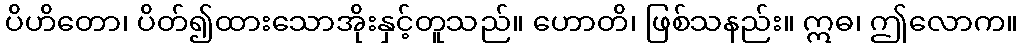
ပိဟိတော၊ ပိတ်၍ထားသောအိုးနှင့်တူသည်။ ဟောတိ၊ ဖြစ်သနည်း။ ဣဓ၊ ဤလောက။